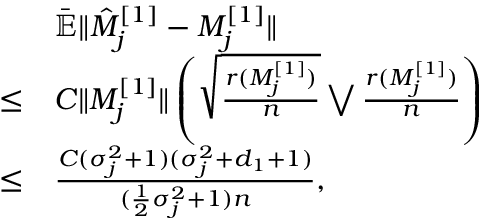
\begin{array} { r l } & { \bar { \mathbb { E } } \| \hat { M } _ { j } ^ { [ 1 ] } - M _ { j } ^ { [ 1 ] } \| } \\ { \le } & { C \| M _ { j } ^ { [ 1 ] } \| \left( \sqrt { \frac { r ( M _ { j } ^ { [ 1 ] } ) } { n } } \bigvee \frac { r ( M _ { j } ^ { [ 1 ] } ) } { n } \right) } \\ { \le } & { \frac { C ( \sigma _ { j } ^ { 2 } + 1 ) ( \sigma _ { j } ^ { 2 } + d _ { 1 } + 1 ) } { ( \frac { 1 } { 2 } \sigma _ { j } ^ { 2 } + 1 ) n } , } \end{array}